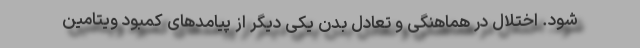
شود. اختلال در هماهنگی و تعادل بدن یکی دیگر از پیامدهای کمبود ویتامین